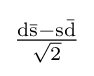
\mathrm {\tfrac {d{\bar {s}}-s{\bar {d}}}{\sqrt {2}}}